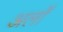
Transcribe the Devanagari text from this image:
अर्लों